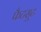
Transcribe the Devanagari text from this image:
फैटसूट